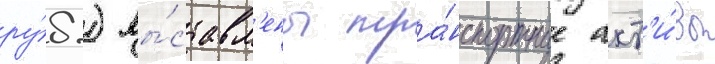
ру́б.) вы́ставл'ены тра́нспортные акт'и́вы